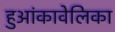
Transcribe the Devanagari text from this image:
हुआंकावेलिका